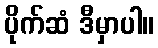
ပိုက်ဆံ ဒီမှာပါ။